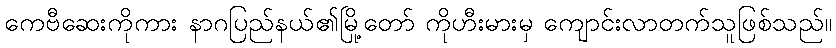
ကေဗီဆေးကိုကား နာဂပြည်နယ်၏မြို့တော် ကိုဟီးမားမှ ကျောင်းလာတက်သူဖြစ်သည်။